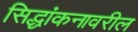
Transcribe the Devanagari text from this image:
सिद्धांकनावरील